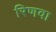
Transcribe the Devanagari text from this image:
रिणवा